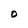
Character: 0